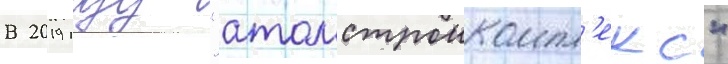
В 2019 году "атомстроикомпл'екс"